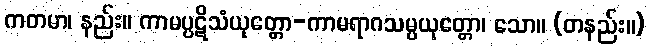
ကတမာ၊ နည်း။ ကာမပ္ပဋိသံယုတ္တော-ကာမရာဂသမ္ပယုတ္တော၊ သော။ (တနည်း။)